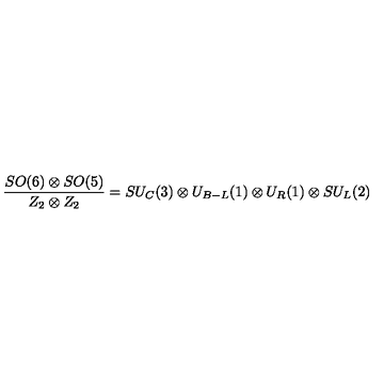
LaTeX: \frac { S O ( 6 ) \otimes S O ( 5 ) } { Z _ { 2 } \otimes Z _ { 2 } } = S U _ { C } ( 3 ) \otimes U _ { B - L } ( 1 ) \otimes U _ { R } ( 1 ) \otimes S U _ { L } ( 2 )